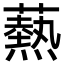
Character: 爇